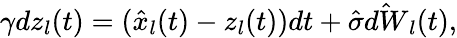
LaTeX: \gamma dz_{l}(t)=(\hat{x}_{l}(t)-z_{l}(t))dt+\hat{\sigma}\hat{dW}_{l}(t),